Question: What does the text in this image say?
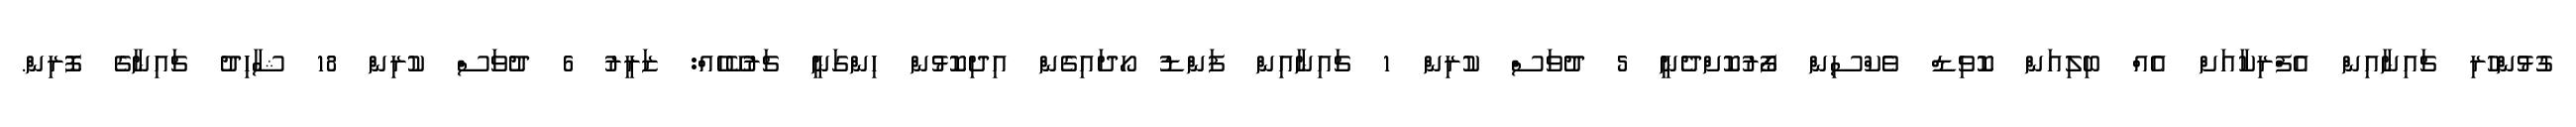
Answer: ގުޅުންހުރި ޗައިނާއިން އެފްރިކާއަށް އެއް ބިލިއަން ކޮވިޑް ވެކްސިން ފޯރުކޮށްދެނީ 5 ދުވަސް ކުރިން 1 ޗައިނާއިން ފަންޑު ހޯދައިގެން އިދިކޮޅުން ހިންގަނީ ޗަރުކޭހެއް: ޒަރީރު 6 ދުވަސް ކުރިން 18 ޝާހިދު ޗައިނާގެ ފޮރިން.